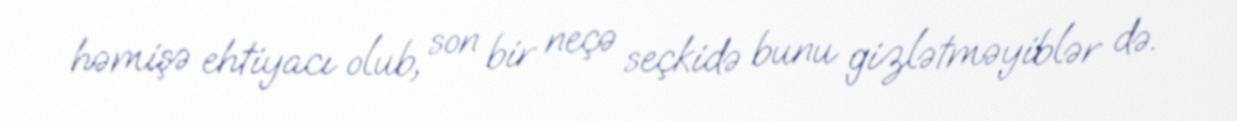
həmişə ehtiyacı olub, son bir neçə seçkidə bunu gizlətməyiblər də.